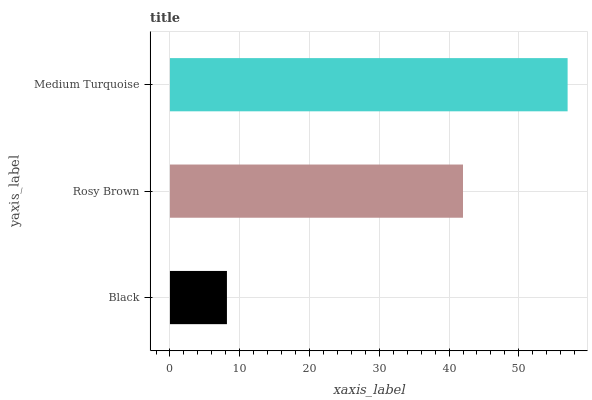
| yaxis_label | bars |
 | --- | --- |
 | Black | 8.17 |
 | Rosy Brown | 42 |
 | Medium Turquoise | 57 |